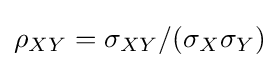
\rho _{XY}=\sigma _{XY}/(\sigma _{X}\sigma _{Y})